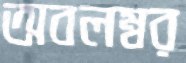
অবলম্বর